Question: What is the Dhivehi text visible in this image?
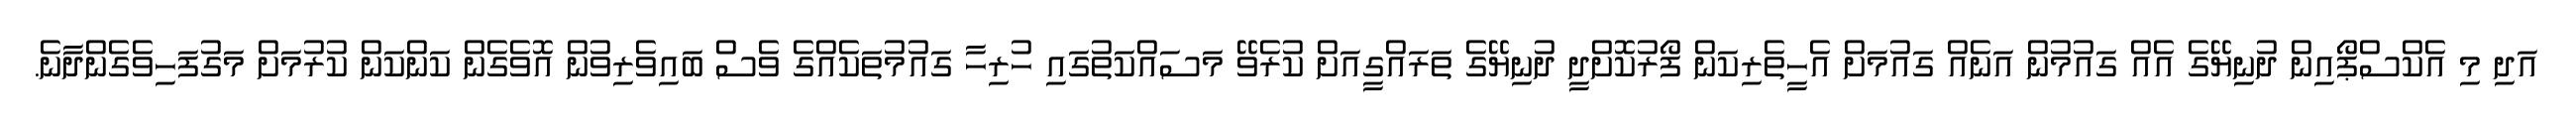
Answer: އަދި މި އެކްސްޕޯއިން ދުނިޔޭގެ އެއް ގައުމުން އަނެއް ގައުމަށް އެހީތެރިކަން ފޯރުކޮށްދީ ދުނިޔޭގެ ތަރައްގީއަށް ކުރެވޭ މަސައްކަތުގައި ހުރިހާ ގައުމުތަކެއްގެ ވެސް ބައިވެރިވުން އޮވެގެން ކަންކަން ކުރުމަށް މަގުފަހިވެގެންދާނެ.